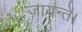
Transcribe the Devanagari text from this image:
जायन्ते।